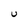
Character: U